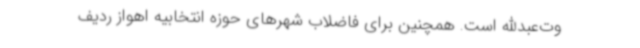
وت‌عبدالله است. همچنین برای فاضلاب شهرهای حوزه انتخابیه اهواز ردیف